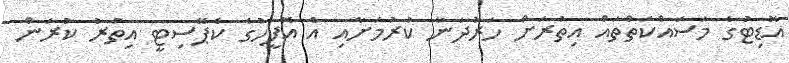
އޮޑިޓުގެ މަސައްކަތްތައް އިތުރަށް ހަރުދަނާ ކުރުމަށާއި އެ އޮފީހުގެ ކެޕޭސިޓީ އިތުރު ކުރަން